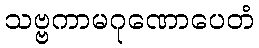
သဗ္ဗကာမဂုဏောပေတံ